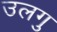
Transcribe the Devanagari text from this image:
उलगु